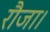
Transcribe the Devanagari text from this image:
रौजा।